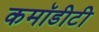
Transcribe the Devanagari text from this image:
कमॉडीटी